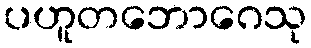
ပဟူတဘောဂေသု